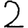
Digit: 2